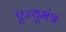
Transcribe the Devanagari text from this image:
एज्युमंत्र